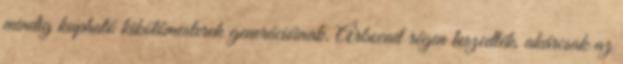
mindig kapható kikötőmesterek generációinak. Árbocait régen leszedték, akárcsak az